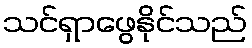
သင်ရှာဖွေနိုင်သည်